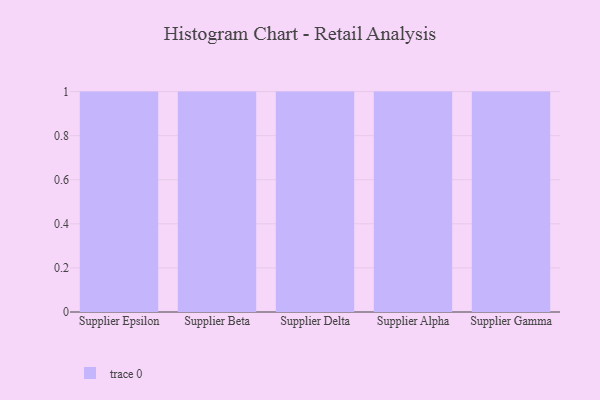
{"axis": {"x": "Supplier", "y": "Page Views"}, "legend": [""], "data": [{"x": "Supplier Epsilon", "y": 74, "type": ""}, {"x": "Supplier Beta", "y": 38, "type": ""}, {"x": "Supplier Delta", "y": 84, "type": ""}, {"x": "Supplier Alpha", "y": 37, "type": ""}, {"x": "Supplier Gamma", "y": 82, "type": ""}]}